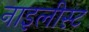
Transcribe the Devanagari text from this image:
नाइलीस्ट